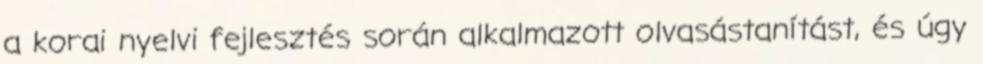
a korai nyelvi fejlesztés során alkalmazott olvasástanítást, és úgy